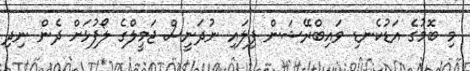
މި ބޮމުގެ އަޑުކެނޑި ވައިބްރޭޝަން ފިލައި ނުދަނީސް ޖަމީލްގެ ލޯފުޅަށް ދެން ނިދި